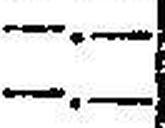
—.—